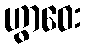
ဟွာဝေး